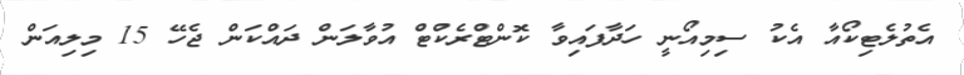
އެތުލެޓިކޯއާ އެކު ސިމިއޯނީ ހަދާފައިވާ ކޮންޓްރެކްޓް އުވާލަން ދައްކަން ޖެހޭ 15 މިލިއަން